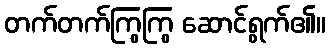
တက်တက်ကြွကြွ ဆောင်ရွက်၏။